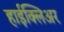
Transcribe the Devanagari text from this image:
हाईक्लिअर